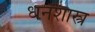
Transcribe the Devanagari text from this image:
धनशास्त्र